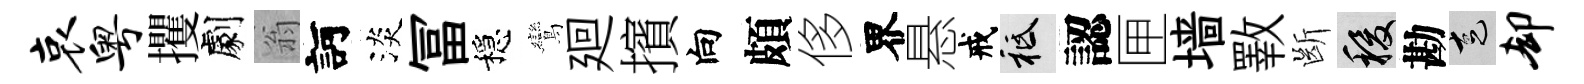
哀粤攫劇翁訶淡冨穩鸞廻擯向頗侈界悬戒祇認匣墙斁㫁稷勘走却